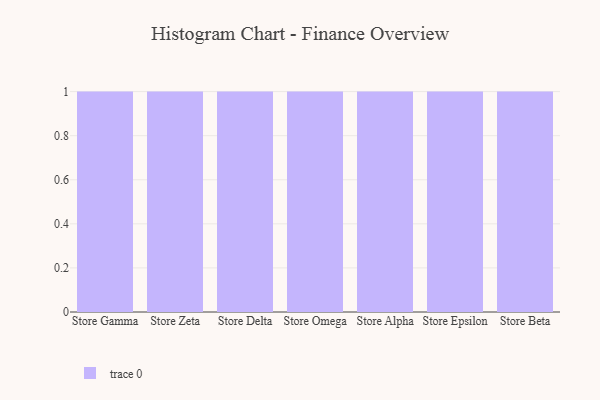
{"axis": {"x": "Store", "y": "Backlog"}, "legend": [""], "data": [{"x": "Store Gamma", "y": 24, "type": ""}, {"x": "Store Zeta", "y": 43, "type": ""}, {"x": "Store Delta", "y": 50, "type": ""}, {"x": "Store Omega", "y": 7, "type": ""}, {"x": "Store Alpha", "y": 99, "type": ""}, {"x": "Store Epsilon", "y": 68, "type": ""}, {"x": "Store Beta", "y": 62, "type": ""}]}